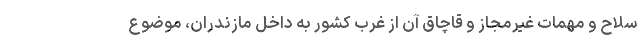
سلاح و مهمات غیرمجاز و قاچاق آن از غرب کشور به داخل مازندران، موضوع